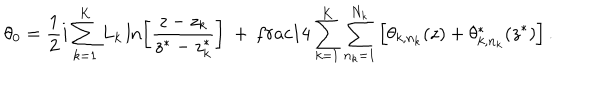
\theta _ { 0 } = \frac { 1 } { 2 } i \sum _ { k = 1 } ^ { K } L _ { k } \ln \left[ \frac { z - z _ { k } } { z ^ { * } - z _ { k } ^ { * } } \right] \ + \, \frac { 1 } { 4 } \sum _ { k = 1 } ^ { K } \sum _ { n _ { k } = 1 } ^ { N _ { k } } \left[ \theta _ { k , n _ { k } } ( z ) + \theta _ { k , n _ { k } } ^ { * } ( z ^ { * } ) \right] .